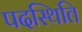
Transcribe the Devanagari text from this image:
पदस्थिति